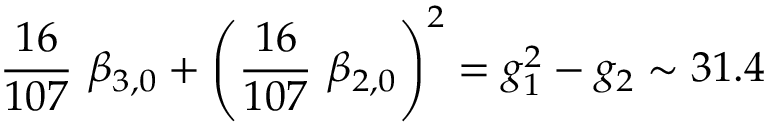
{ \frac { 1 6 } { 1 0 7 } } \ \beta _ { 3 , 0 } + \left( { \frac { 1 6 } { 1 0 7 } } \ \beta _ { 2 , 0 } \right) ^ { 2 } = g _ { 1 } ^ { 2 } - g _ { 2 } \sim 3 1 . 4